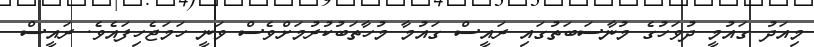
މިއަދު ގައުމީ ދުވަހުގެ މުނާސަބަތުގައި ރައީސް ގައުމާ މުހާތަބުކުރުމަށްވެސް ވަނީ ހަމަޖެހިފައެވެ. ރައީސް